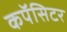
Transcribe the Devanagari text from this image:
कपॅसिटर